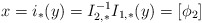
\begin{align*}x = i_{*}(y) = I_{2,*}^{-1}I_{1,*}(y) = [\phi_{2}]\end{align*}